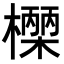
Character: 𭬓